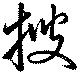
搜